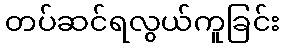
တပ်ဆင်ရလွယ်ကူခြင်း